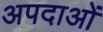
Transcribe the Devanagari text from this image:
अपदाओं